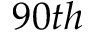
9 0 t h